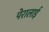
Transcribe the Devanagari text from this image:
पेरालाई